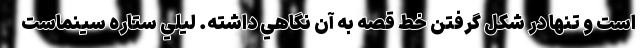
است و تنها در شکل گرفتن خط قصه به آن نگاهي داشته. ليلي ستاره سينماست